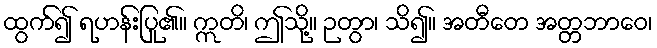
ထွက်၍ ရဟန်းပြု၏။ ဣတိ၊ ဤသို့။ ဉတွာ၊ သိ၍။ အတီတေ အတ္တဘာဝေ၊